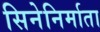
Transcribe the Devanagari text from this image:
सिनेनिर्माता